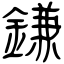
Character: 鎌